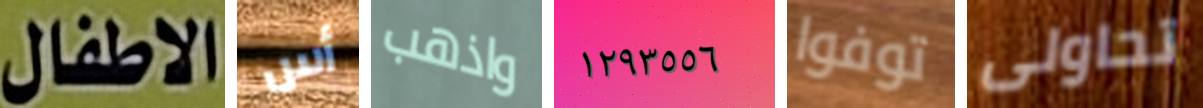
الاطفال أس واذهب ١٢٩٣٥٥٦ توفوا تحاولى